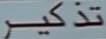
تذكر